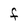
Character: F